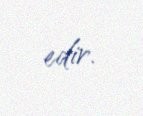
edir.